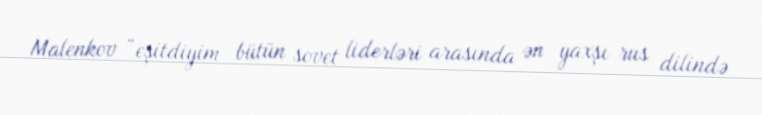
Malenkov “eşitdiyim bütün sovet liderləri arasında ən yaxşı rus dilində